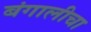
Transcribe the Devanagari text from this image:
बंगालीचा